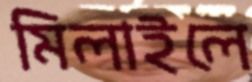
মিলাইলে